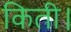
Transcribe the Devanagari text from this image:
किती।